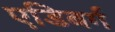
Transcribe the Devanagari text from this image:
एडिबर्ग